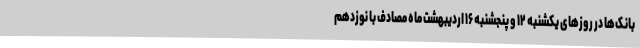
بانک‌ها در روزهای یکشنبه ۱۲ و پنجشنبه ۱۶ اردیبهشت ماه مصادف با نوزدهم